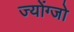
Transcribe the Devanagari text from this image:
ज्योंग्जो